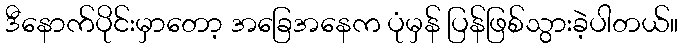
ဒီနောက်ပိုင်းမှာတော့ အခြေအနေက ပုံမှန် ပြန်ဖြစ်သွားခဲ့ပါတယ်။